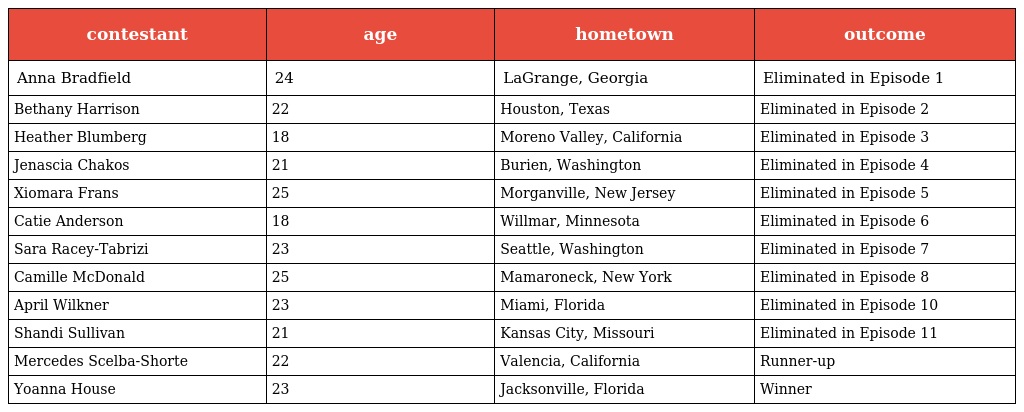
| contestant | age | hometown | outcome |
 | --- | --- | --- | --- |
 | Anna Bradfield | 24 | LaGrange, Georgia | Eliminated in Episode 1 |
 | Bethany Harrison | 22 | Houston, Texas | Eliminated in Episode 2 |
 | Heather Blumberg | 18 | Moreno Valley, California | Eliminated in Episode 3 |
 | Jenascia Chakos | 21 | Burien, Washington | Eliminated in Episode 4 |
 | Xiomara Frans | 25 | Morganville, New Jersey | Eliminated in Episode 5 |
 | Catie Anderson | 18 | Willmar, Minnesota | Eliminated in Episode 6 |
 | Sara Racey-Tabrizi | 23 | Seattle, Washington | Eliminated in Episode 7 |
 | Camille McDonald | 25 | Mamaroneck, New York | Eliminated in Episode 8 |
 | April Wilkner | 23 | Miami, Florida | Eliminated in Episode 10 |
 | Shandi Sullivan | 21 | Kansas City, Missouri | Eliminated in Episode 11 |
 | Mercedes Scelba-Shorte | 22 | Valencia, California | Runner-up |
 | Yoanna House | 23 | Jacksonville, Florida | Winner |